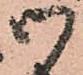
御